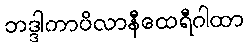
ဘဒ္ဒါကာပိလာနီထေရီဂါထာ